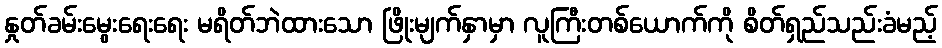
နှုတ်ခမ်းမွေးရေးရေး မရိတ်ဘဲထားသော ဖြိုးမျက်နှာမှာ လူကြီးတစ်ယောက်ကို စိတ်ရှည်သည်းခံမည့်